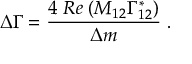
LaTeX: \Delta \Gamma = \frac { 4 \; R e \; ( M _ { 1 2 } \Gamma _ { 1 2 } ^ { * } ) } { \Delta m } \; .